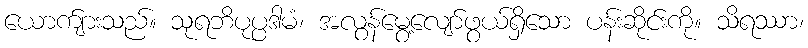
ယောက်ျားသည်။ သုရဘိပုပ္ပဒါမံ၊ အလွန်မွေ့လျော်ဖွယ်ရှိသော ပန်းဆိုင်းကို။ သိရဿာ၊